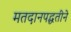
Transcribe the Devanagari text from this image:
मतदानपद्धतीने